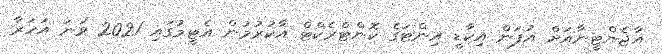
އާޖެންޓީނާއަށް އުފަން އިކާޑީ އިންޓަގެ ކޮންޓްރެކްޓް އާކުރުމުން އެޓީމުގައި 2021 ވަނަ އަހަރާ